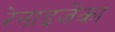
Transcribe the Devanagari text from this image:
रेनाइजेंका